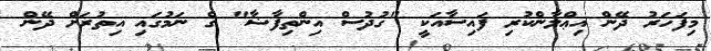
މިފަހަރު ދޭން އިޢްލާންކުރި ފައިސާއަކީ "ގުދުސް އިންތިފާޟާ" ގެ ނަމުގައި އިތުރަށް ދޭން